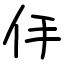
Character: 㐿